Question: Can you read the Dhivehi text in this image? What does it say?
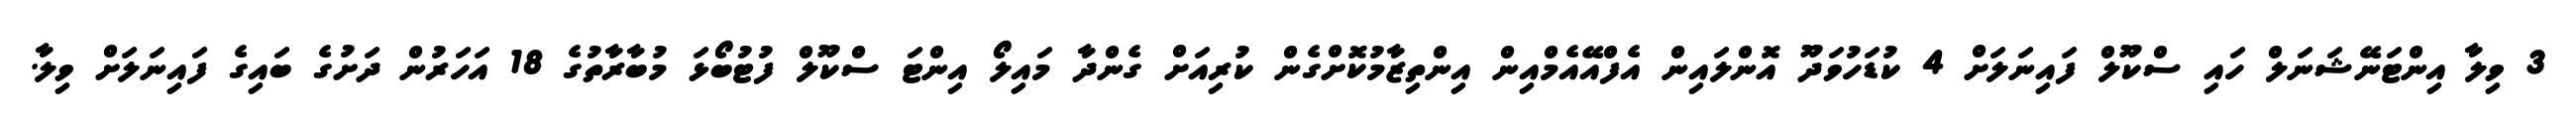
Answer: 3 ވިލާ އިންޓަނޭޝަނަލް ހައި ސްކޫލް ފައިނަލަށް 4 ކުޑަހުވަދޫ އޮންލައިން އެފްއޭއެމްއިން އިންތިޒާމުކޮށްގެން ކުރިއަށް ގެންދާ މައިލޯ އިންޓަ ސްކޫލް ފުޓުބޯޅަ މުބާރާތުގެ 18 އަހަރުން ދަށުގެ ބައިގެ ފައިނަލަށް ވިލާ.